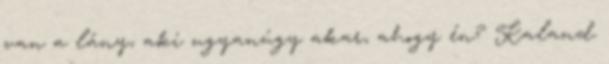
van a lány, aki ugyanúgy akar, ahogy én? Kaland